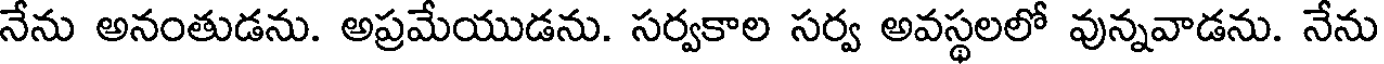
నేను అనంతుడను. అప్రమేయుడను. సర్వకాల సర్వ అవస్థలలో వున్నవాడను. నేను